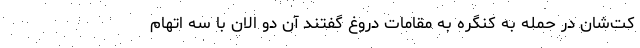
کت‌شان در حمله به کنگره به مقامات دروغ گفتند آن دو الان با سه اتهام